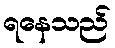
ရနေသည်